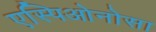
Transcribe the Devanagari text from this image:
एस्पिओनोसा